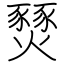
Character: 燹